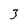
Character: 3